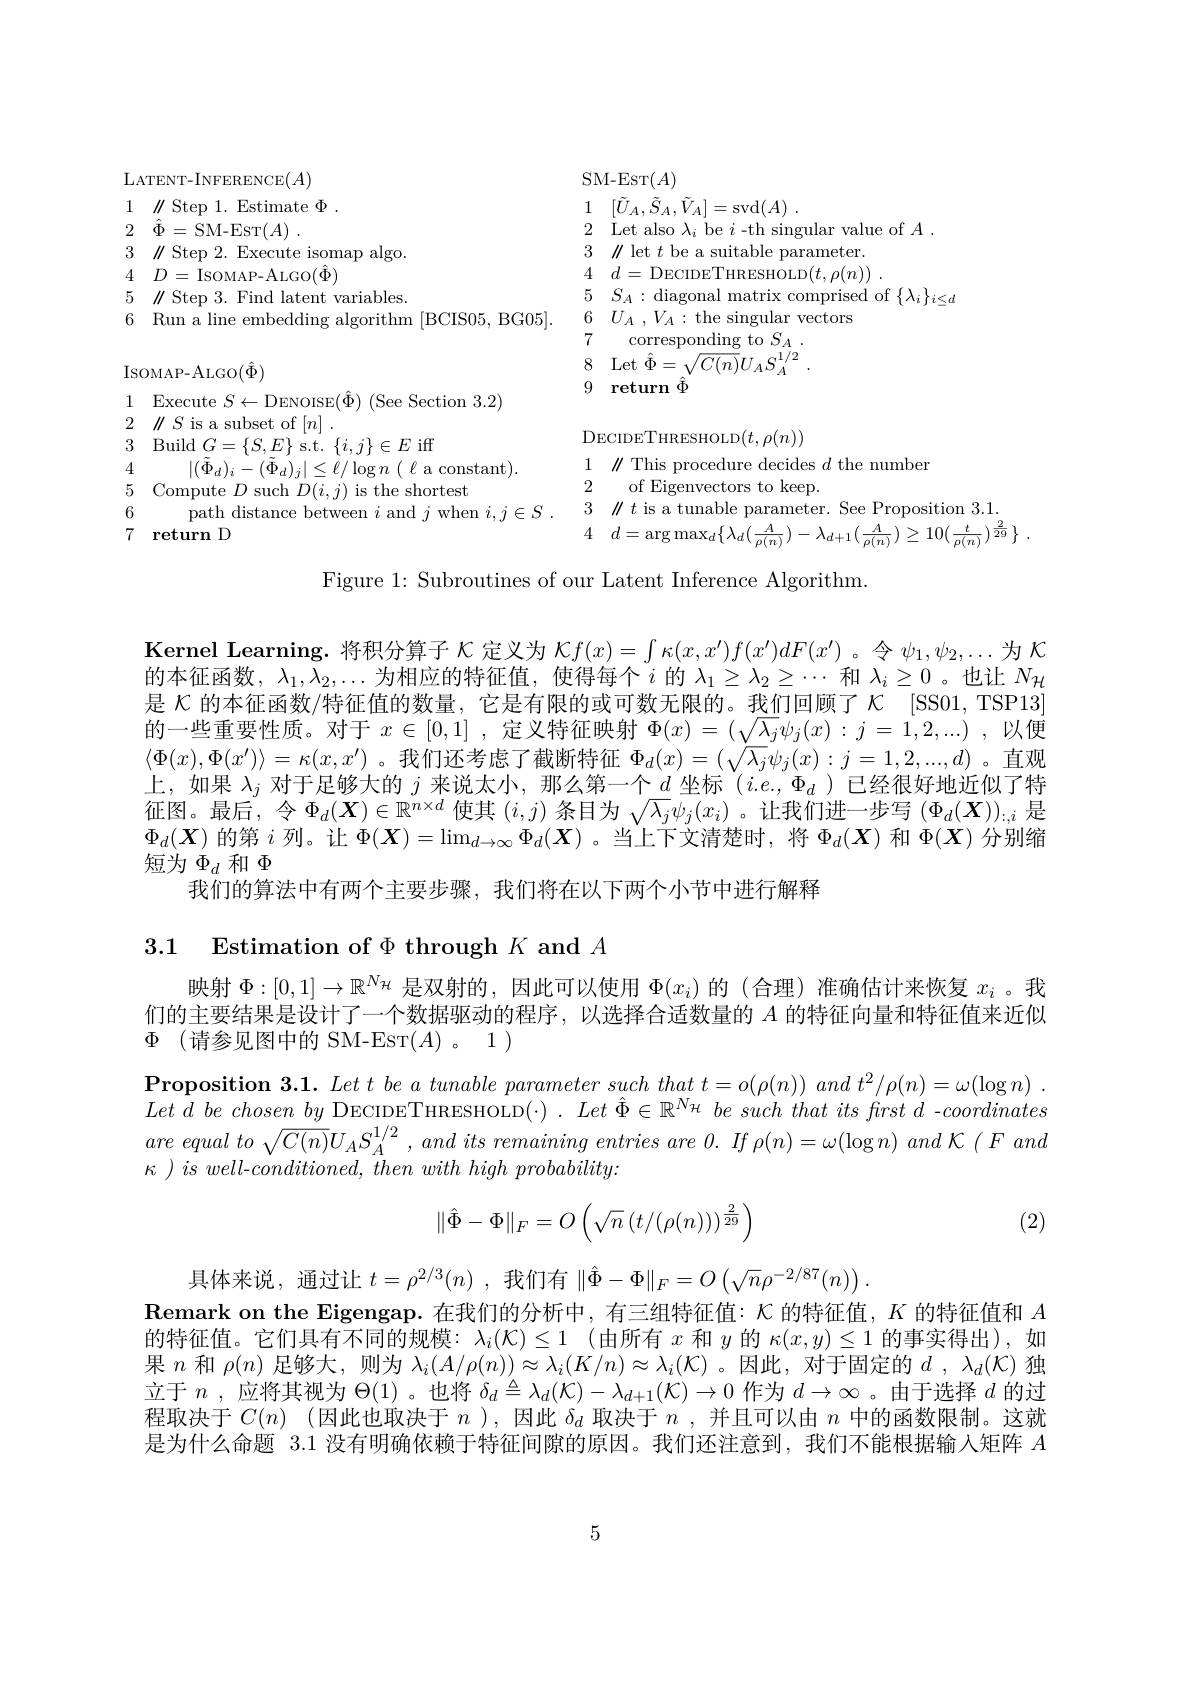
SM-EST$(A)$
1 $[ \tilde{U} _A, \tilde{S} _A, \tilde{V} _A] =$svd$( A)$ .
2 Let also $\lambda_i$ be $i$ -th singular value of $A.$
3 $\|$let $t$ be a suitable parameter. 4 $d=$DECIDETHRESHOLD$(t,\rho(n))$ 5 $S_{A}:$diagonal matrix comprised of $\{\lambda_i\}_{i\leq d}$
6 $U_A$ $, V_A:$the singular vectors
$\begin{array}{ll}{7}&{\mathrm{corresponding~to~}S_{A}.}\\{8}&{\mathrm{Let~}\hat{\Phi}=\sqrt{C(n)}U_{A}S_{A}^{1/2}}\end{array}$
9 return $\hat{\Phi}$

LATENT- INFERENCE$( A)$
1 $\parallel$Step 1. Estimate $\Phi.$
2 $\hat{\Phi } =$SM-EST$( A)$ .
3 $\|$Step 2. Execute isomap algo
4 $D=$ISOMAP-ALGO$(\hat{\Phi})$
5 $\parallel$Step 3. Find latent variables.
6 Run a line embedding algorithm [BCIS05, BG05].
$\operatorname{IsoMAP-ALGO}(\hat{\Phi})$
1 Execute $S\leftarrow$DENOISE$(\hat{\Phi})\pmod{3.2}$
$2\parallel S$ is a subset of $[n]$
3 Build$G=\{S,E\}$s.t.$\{i,j\}\in E$iff
4
$| ( \tilde{\Phi } _{d}) _{i}- ( \tilde{\Phi } _{d}) _{j}| \leq \ell / \log n$ ( $\ell$ a constant).
6
7 return D

DECIDETHRESHOLD$(t,\rho(n))$

1 $\|$This procedure decides $d$ the number

2

of Eigenvectors to keep.

4 $d= \arg \max _{d}\{ \lambda _{d}( \frac A{\rho ( n) }) - \lambda _{d+ 1}( \frac A{\rho ( n) }) \geq 10( \frac t{\rho ( n) }) ^{\frac 2{29}}\}$ .

Figure 1: Subroutines of our Latent Inference Algorithm

Kernel Learning. 将积分算子$\kappa$定义为$\mathcal{K}f(x)=\int\kappa(x,x^{\prime})f(x^{\prime})dF(x^{\prime})$。令$\psi_1,\psi_2,\ldots$为$\mathcal{K}$ 的本征函数，$\lambda_1,\lambda_2,\ldots$为相应的特征值，使得每个$i$的$\lambda_1\geq\lambda_2\geq\cdots$和$\lambda_i\geq0$ 。也让$N_\mathcal{H}$ 是$\kappa$的本征函数/特征值的数量，它是有限的或可数无限的。我们回顾了$\kappa$ [SS01, TSP13] 的 一 些 重 要 性 质 。对 于 $x\in [ 0, 1]$ ,定 义 特 征 映 射 $\Phi ( x) = ( \sqrt {\lambda _j\psi _j( x) }: j= 1, 2, . . . )$ ,以 便 $\langle \Phi ( x) , \Phi ( x^{\prime }) \rangle = \kappa ( x, x^{\prime })$ $。我 们 还 考 虑 了 截 断 特 征$ $\Phi _d( x) = ( \sqrt {\lambda _j}\psi _j( x) : j= 1, 2, . . . , d)$ 。直 观上，如果$\lambda_j$对于足够大的$j$来说太小，那么第一个$d$坐标$(i.e.,\Phi_d)$已经很好地近似了特征图。最后，令$\Phi_d(\boldsymbol{X})\in\mathbb{R}^{n\times d}$使其$(i,j)$条目为$\sqrt\lambda_j\psi_j(x_i)$ 。让我们进一步写$(\Phi_d(\boldsymbol{X}))_:,i$是$\Phi_d(\boldsymbol{X})$的第$i$列。让$\Phi(\boldsymbol{X})=\lim_{d\to\infty}\Phi_d(\boldsymbol{X})$ 。当上下文清楚时，将$\Phi_d(\boldsymbol{X})$和$\Phi(\boldsymbol{X})$分别缩短为$\Phi_d$和$\Phi$
我们的算法中有两个主要步骤，我们将在以下两个小节中进行解释

3.1 Estimation of $\Phi$ through $K$ and $A$

映射$\Phi:[0,1]\to\mathbb{R}^{N_\mathcal{H}}$是双射的，因此可以使用$\Phi(x_i)$的 (合理) 准确估计来恢复$x_i$ 。我们的主要结果是设计了一个数据驱动的程序，以选择合适数量的$A$的特征向量和特征值来近似$\Phi$ (请参见图中的 SM-EST$( A) $。1)

$\textbf{Proposition 3. 1. Let t be a tunable parameter such that }t= o( \rho ( n) )$ and $t^{2}/ \rho ( n) = \omega ( \log n)$ . Let $d$ $be$ chosen $by$ DECIDETHRESHOLD(·). Let $\hat{\Phi } \in \mathbb{R} ^{N_{\mathcal{H} }}$ $be$ such that its frst $d$ $- coordinates$ are equal $to$ $\sqrt {C( n) }U_AS_A^{1/ 2}$ , and its remaining entries are 0. $If$ $\rho ( n) = \omega ( \log n)$ and $\mathcal{K}$ $( F$ and $\kappa$ ) $is$ $well- conditioned$, then with high $probability:$
$$\|\hat{\Phi}-\Phi\|_F=O\left(\sqrt{n}\left(t/(\rho(n))\right)^{\frac{2}{29}}\right)$$
(2)

具体来说，通过让$t=\rho^{2/3}(n)$ ,我们有$\|\hat{\Phi}-\Phi\|_F=O\left(\sqrt{n}\rho^{-2/87}(n)\right).$
$\textbf{Remark on the Eigengap. 在 我 们 的 分 析 中 , 有 三 组 特 征 值 : }\mathcal{K}$的特征值，$K$的特征值和$A$ 的特征值。它们具有不同的规模：$\lambda _i( \mathcal{K} ) \leq 1$ (由所有$x$和$y$的$\kappa(x,y)\leq1$的事实得出),如果$n$和$\rho(n)$足够大，则为$\lambda_i(A/\rho(n))\approx\lambda_i(K/n)\approx\lambda_i(\mathcal{K})$ 。因此，对于固定的$d$ ,$\lambda_d(\mathcal{K})$独立于$n$ ,应将其视为$\Theta(1)$ 。也将$\delta_d\triangleq\lambda_d(\mathcal{K})-\lambda_{d+1}(\mathcal{K})\to0$作为$d\to\infty$ 。由于选择$d$的过程取决于$C( n)$ (因此也取决于$n$ ),因此$\delta_d$取决于$n$ ,并且可以由$n$中的函数限制。这就是为什么命题 3.1 没有明确依赖于特征间隙的原因。我们还注意到，我们不能根据输入矩阵$A$

5